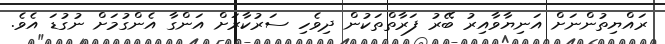
ރައްޔިތުންނަށް އަނިޔާވާއިރު ބޭރު ފަރާތްތަކުން ދިވެހި ސަރުކާރަށް އަންގާ އެންގުމަށް ނުގުޑަ އެވެ.